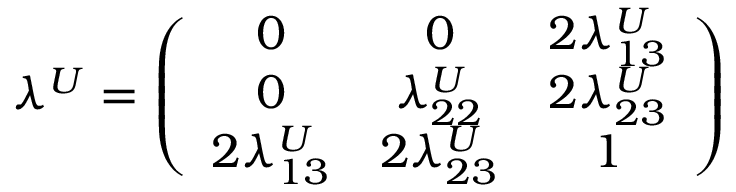
\lambda ^ { U } = \left( \begin{array} { c c c } { { 0 } } & { { 0 } } & { { 2 \lambda _ { 1 3 } ^ { U } } } \\ { { 0 } } & { { \lambda _ { 2 2 } ^ { U } } } & { { 2 \lambda _ { 2 3 } ^ { U } } } \\ { { 2 \lambda _ { 1 3 } ^ { U } } } & { { 2 \lambda _ { 2 3 } ^ { U } } } & { { 1 } } \end{array} \right)